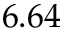
6 . 6 4